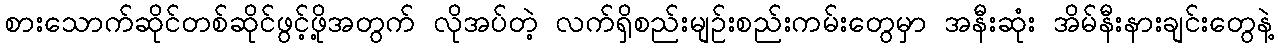
စားသောက်ဆိုင်တစ်ဆိုင်ဖွင့်ဖို့အတွက် လိုအပ်တဲ့ လက်ရှိစည်းမျဉ်းစည်းကမ်းတွေမှာ အနီးဆုံး အိမ်နီးနားချင်းတွေနဲ့